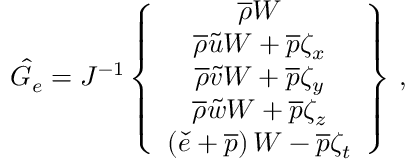
\hat { G } _ { e } = J ^ { - 1 } \left\{ \begin{array} { c } { \overline { { \rho } } W } \\ { \overline { { \rho } } \tilde { u } W + \overline { { p } } \zeta _ { x } } \\ { \overline { { \rho } } \tilde { v } W + \overline { { p } } \zeta _ { y } } \\ { \overline { { \rho } } \tilde { w } W + \overline { { p } } \zeta _ { z } } \\ { \left( \check { e } + \overline { { p } } \right) W - \overline { { p } } \zeta _ { t } } \end{array} \right\} \, \mathrm { , }